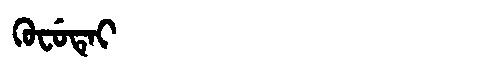
Manchu: ᡴᡠᠸᡠᡨᡝᡳ
Romanization: KUFUTEI